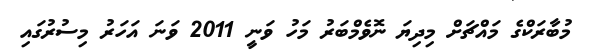
މުބާރަކްގެ މައްޗަށް މިދިޔަ ނޮވެމްބަރު މަހު ވަނީ 2011 ވަނަ އަހަރު މިސުރުގައި